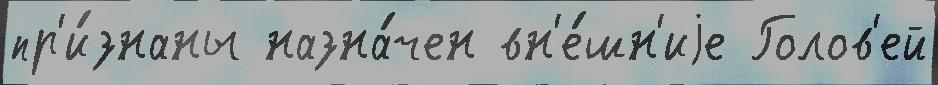
пр'и́знаны назна́чен вн'е́шн'иjе Голов'ей